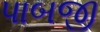
પાબજી